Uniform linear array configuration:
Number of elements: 24
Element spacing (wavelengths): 0.25
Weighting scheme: blackman
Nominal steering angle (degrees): -45
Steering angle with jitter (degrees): -46.527
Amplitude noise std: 0.05
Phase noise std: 0.05

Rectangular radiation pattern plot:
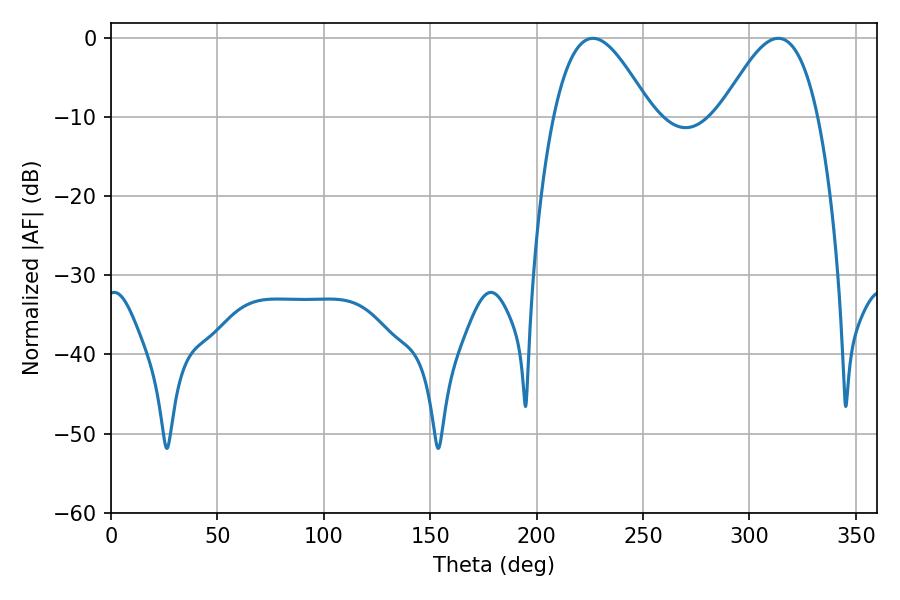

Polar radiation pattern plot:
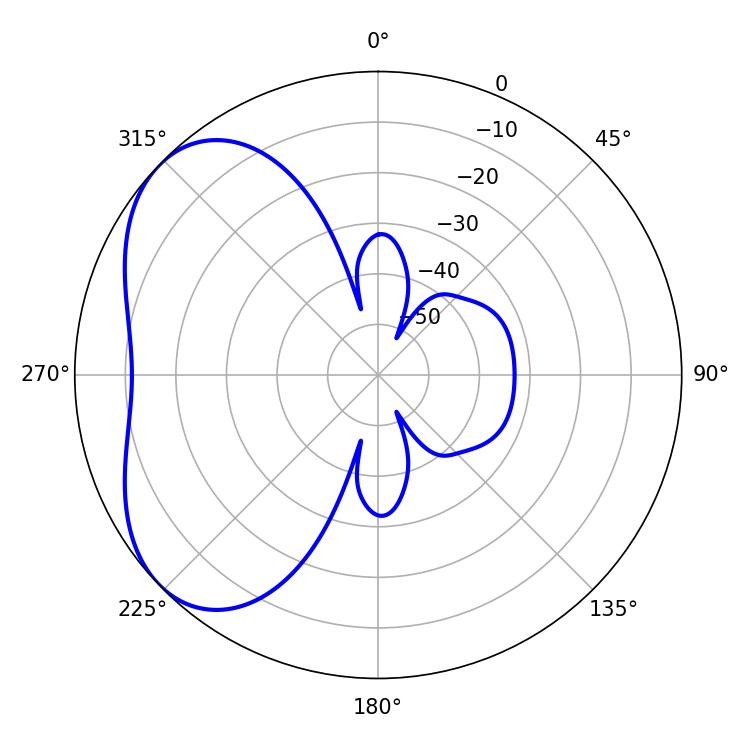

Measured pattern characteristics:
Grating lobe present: FALSE
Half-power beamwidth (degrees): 24.66
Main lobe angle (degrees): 226.44